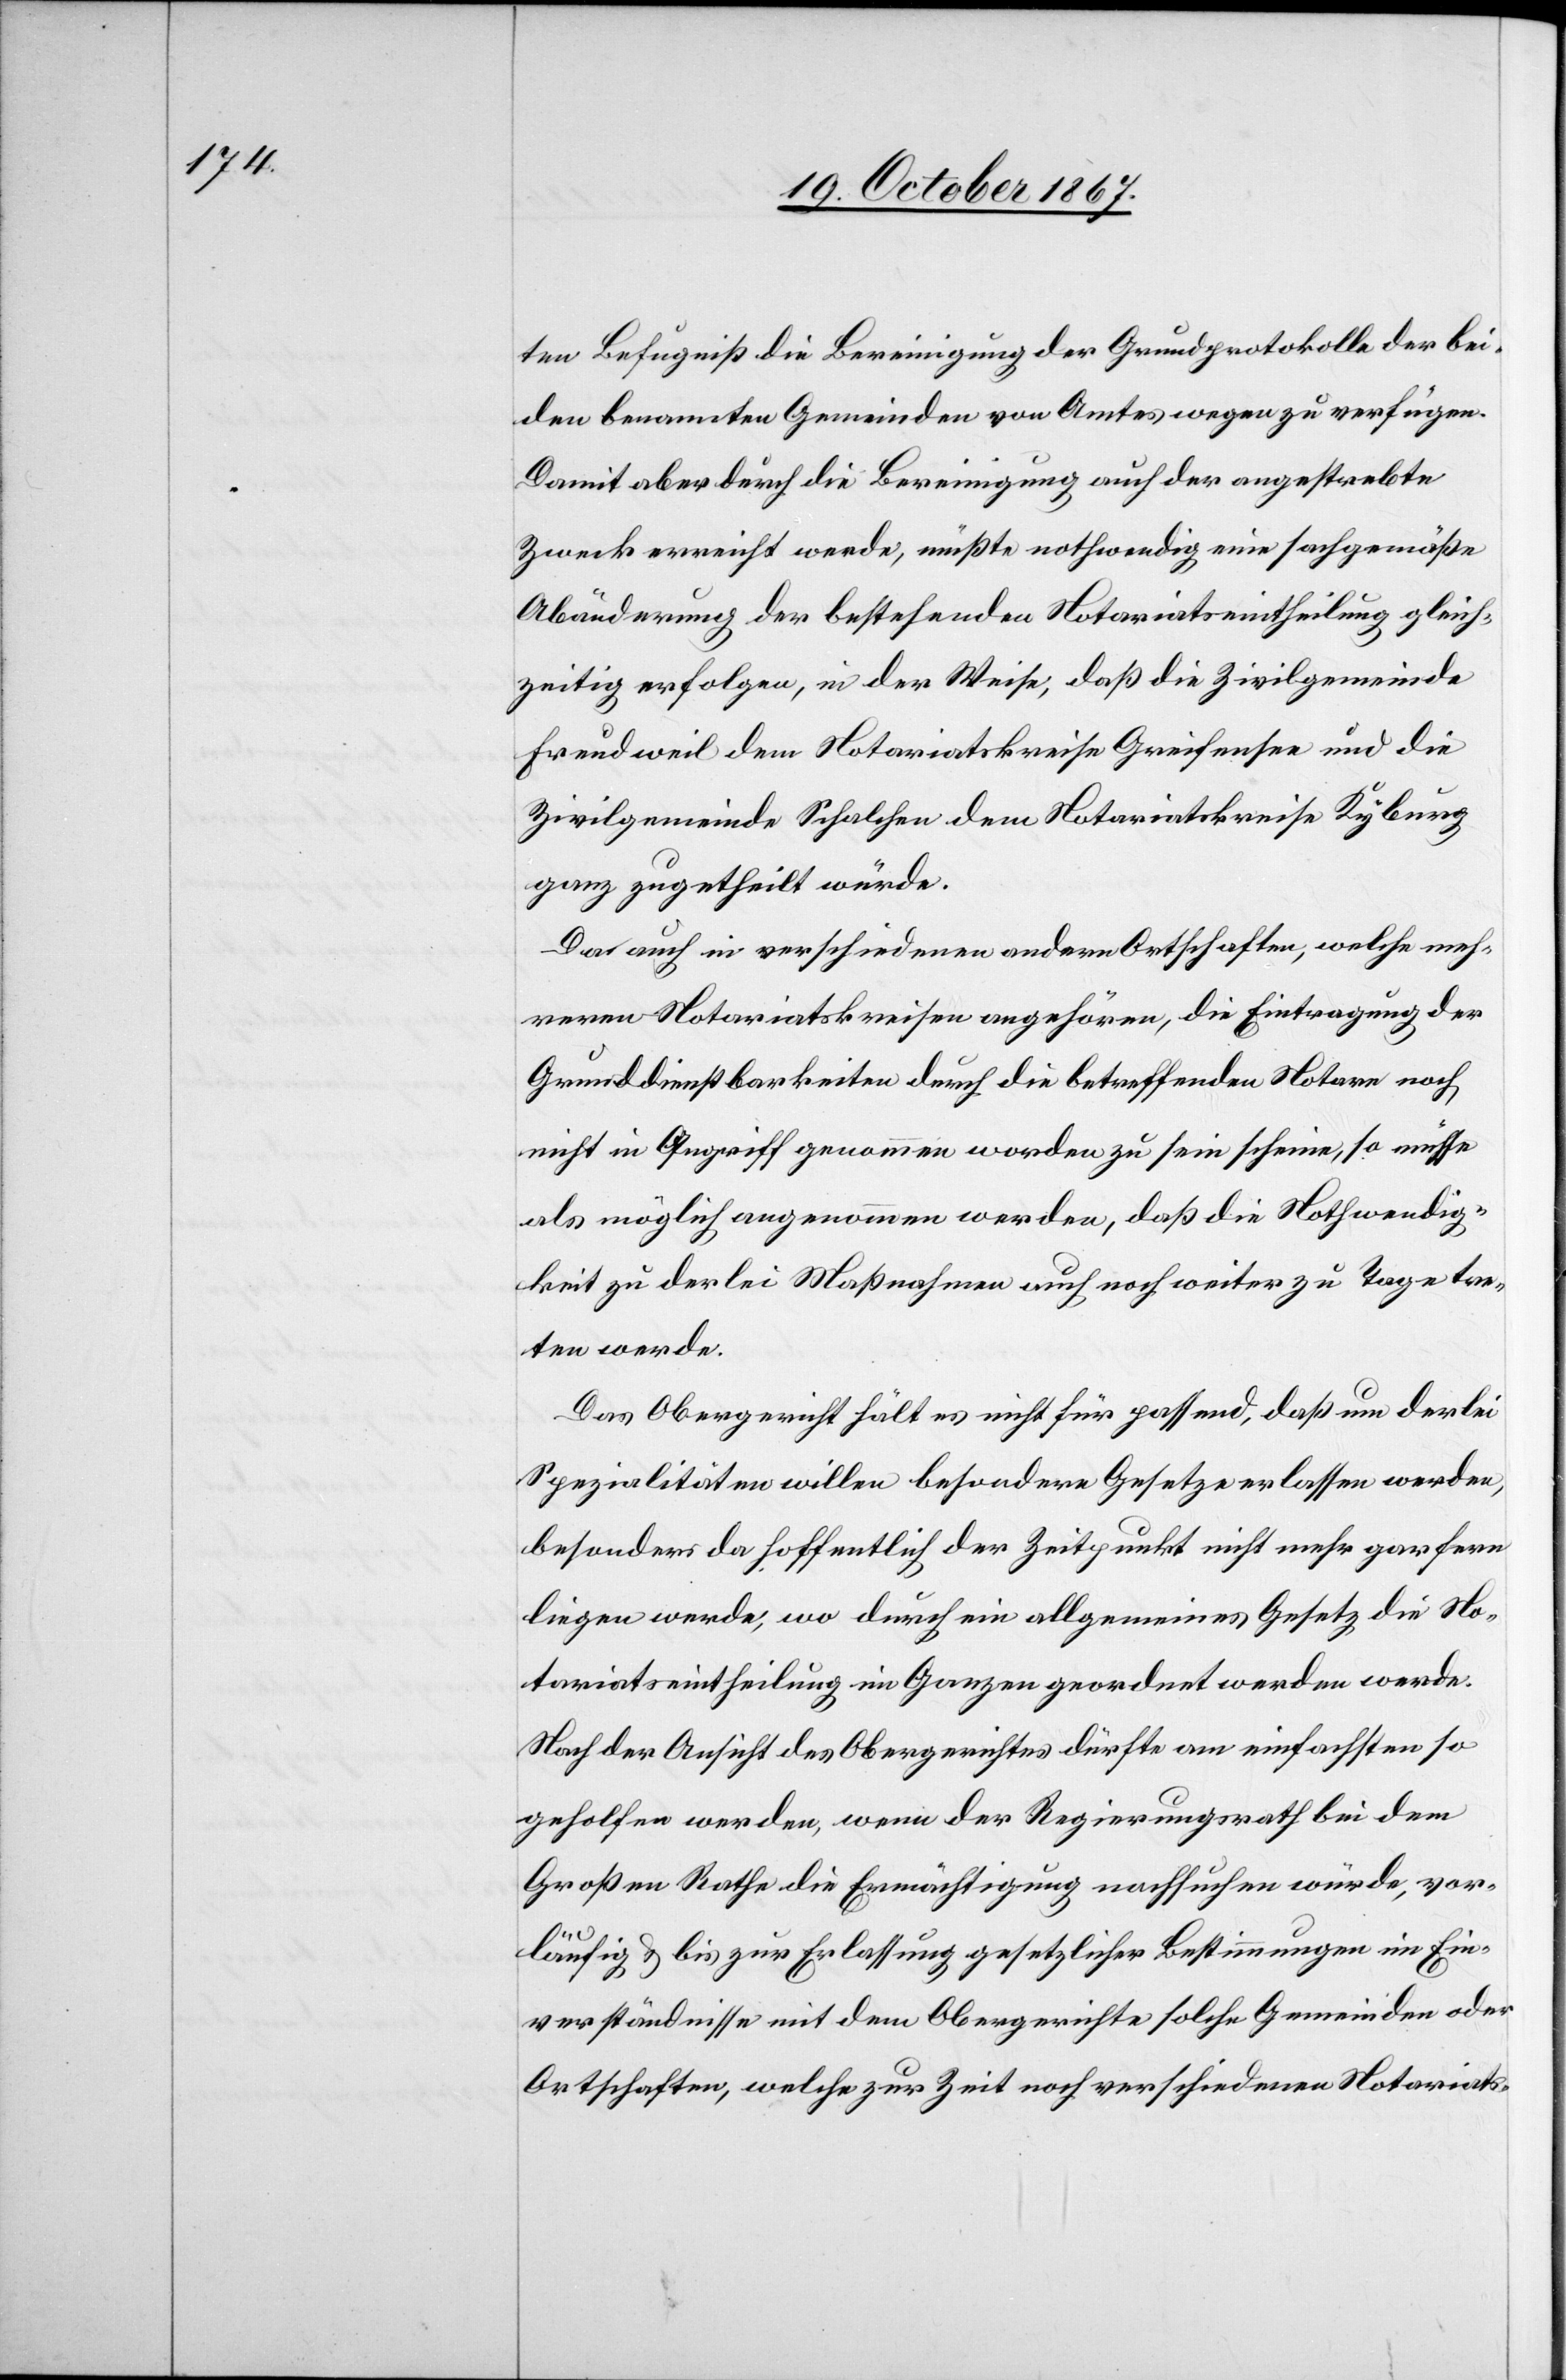
ten Befugniß die Bereinigung der Grundprotokolle der bei¬
den benannten Gemeinden von Amtes wegen zu verfügen.
Damit aber durch die Bereinigung auch der angestrebte
Zweck erreicht werde, müßte nothwendig eine sachgemäße
Abänderung der bestehenden Notariatseintheilung gleich¬
zeitig erfolgen, in der Weise, daß die Zivilgemeinde
Freudweil dem Notariatskreise Greifensee und die
Zivilgemeinde Schalchen dem Notariatskreise Kyburg
ganz zugetheilt würde.
Da auch in verschiedenen andern Ortschaften, welche meh¬
reren Notariatskreisen angehören, die Eintragung der
Grunddienstbarkeiten durch die betreffenden Notare noch
nicht in Angriff genommen zu sein scheine, so müsse a¬
ls möglich angenommen werden, daß die Nothwendig¬
keit zu derlei Maßnahmen auch noch weiter zu Tage tre¬
ten werde.
Das Obergericht hält es nicht für passend, daß um derlei
Spezialitäten willen besondere Gesetze erlassen werden,
besonders da hoffentlich der Zeitpunkt nicht mehr gar fern
liegen werde, wo durch ein allgemeines Gesetz die No¬
tariatseintheilung im Ganzen geordnet werden werde.
Nach der Ansicht des Obergerichtes dürfte am einfachsten so
geholfen werden, wenn der Regierungsrath bei dem
Großen Rathe die Ermächtigung nachsuchen würde, vor¬
läufig u. bis zur Erlassung gesetzlicher Bestimmungen im Ein¬
verständnisse mit dem Obergerichte solche Gemeinden oder
Ortschaften, welche zur Zeit noch verschiedenen Notariats-